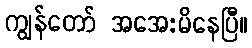
ကျွန်တော် အအေးမိနေပြီ။